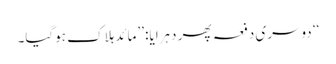
‘‘ دوسری دفعہ پھر دہرایا: ’’مائد ہلاک ہوگیا۔